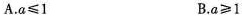
A.a≤1B.a≥1